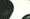
هناك